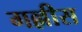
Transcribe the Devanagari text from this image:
गल्लीस